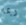
ربما